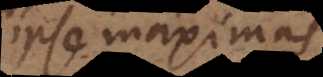
ipse maximas